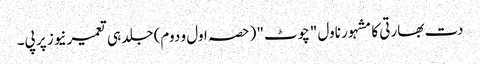
دت بھارتی کا مشہور ناول "چوٹ" (حصہ اول و دوم) جلد ہی تعمیرنیوز پر پی۔